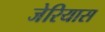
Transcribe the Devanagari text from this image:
जेरियास